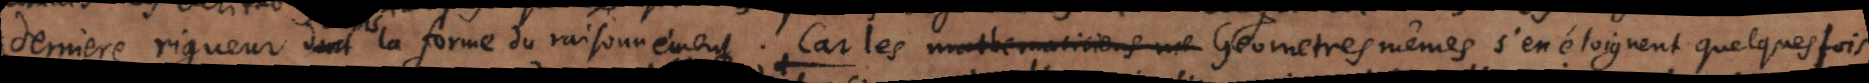
derniere rigueur dans la forme du raisonnement. Car les mathematiciens me Geometres mêmes s’en éloignent quelques fois